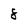
Character: 8